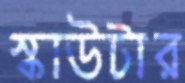
স্কাউটার